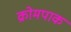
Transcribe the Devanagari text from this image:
क्रोमपाक